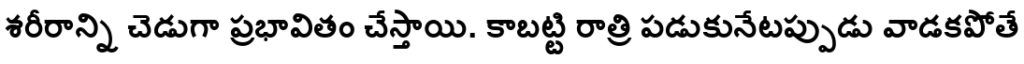
శరీరాన్ని చెడుగా ప్రభావితం చేస్తాయి. కాబట్టి రాత్రి పడుకునేటప్పుడు వాడకపోతే